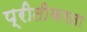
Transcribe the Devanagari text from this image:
प्रीतीकरता